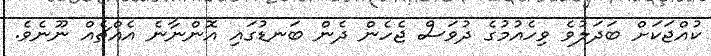
ކުއްޖަކަށް ބަދަލުވެ ވިހެއުމުގެ ދުވަސް ޖެހެން ދެން ބަނޑުގައި އޮންނާނެ އެއްޗެއް ނޫނެވެ.